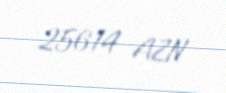
25614 AZN